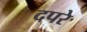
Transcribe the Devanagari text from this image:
दपरे